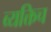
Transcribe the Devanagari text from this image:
व्यक्तिच